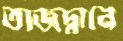
তাজদ্বানে